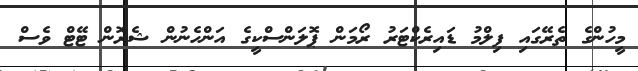
މީހުންގެ ތެރޭގައި ފިލްމު ޑައިރެކްޓަރު ރޯމަން ޕޮލަންސްކީގެ އަންހެނުން ޝެރޮން ޓޭޓް ވެސް